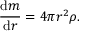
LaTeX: { \frac { { \mathrm { d } } m } { { \mathrm { d } } r } } = 4 \pi r ^ { 2 } \rho .